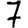
Digit: 7